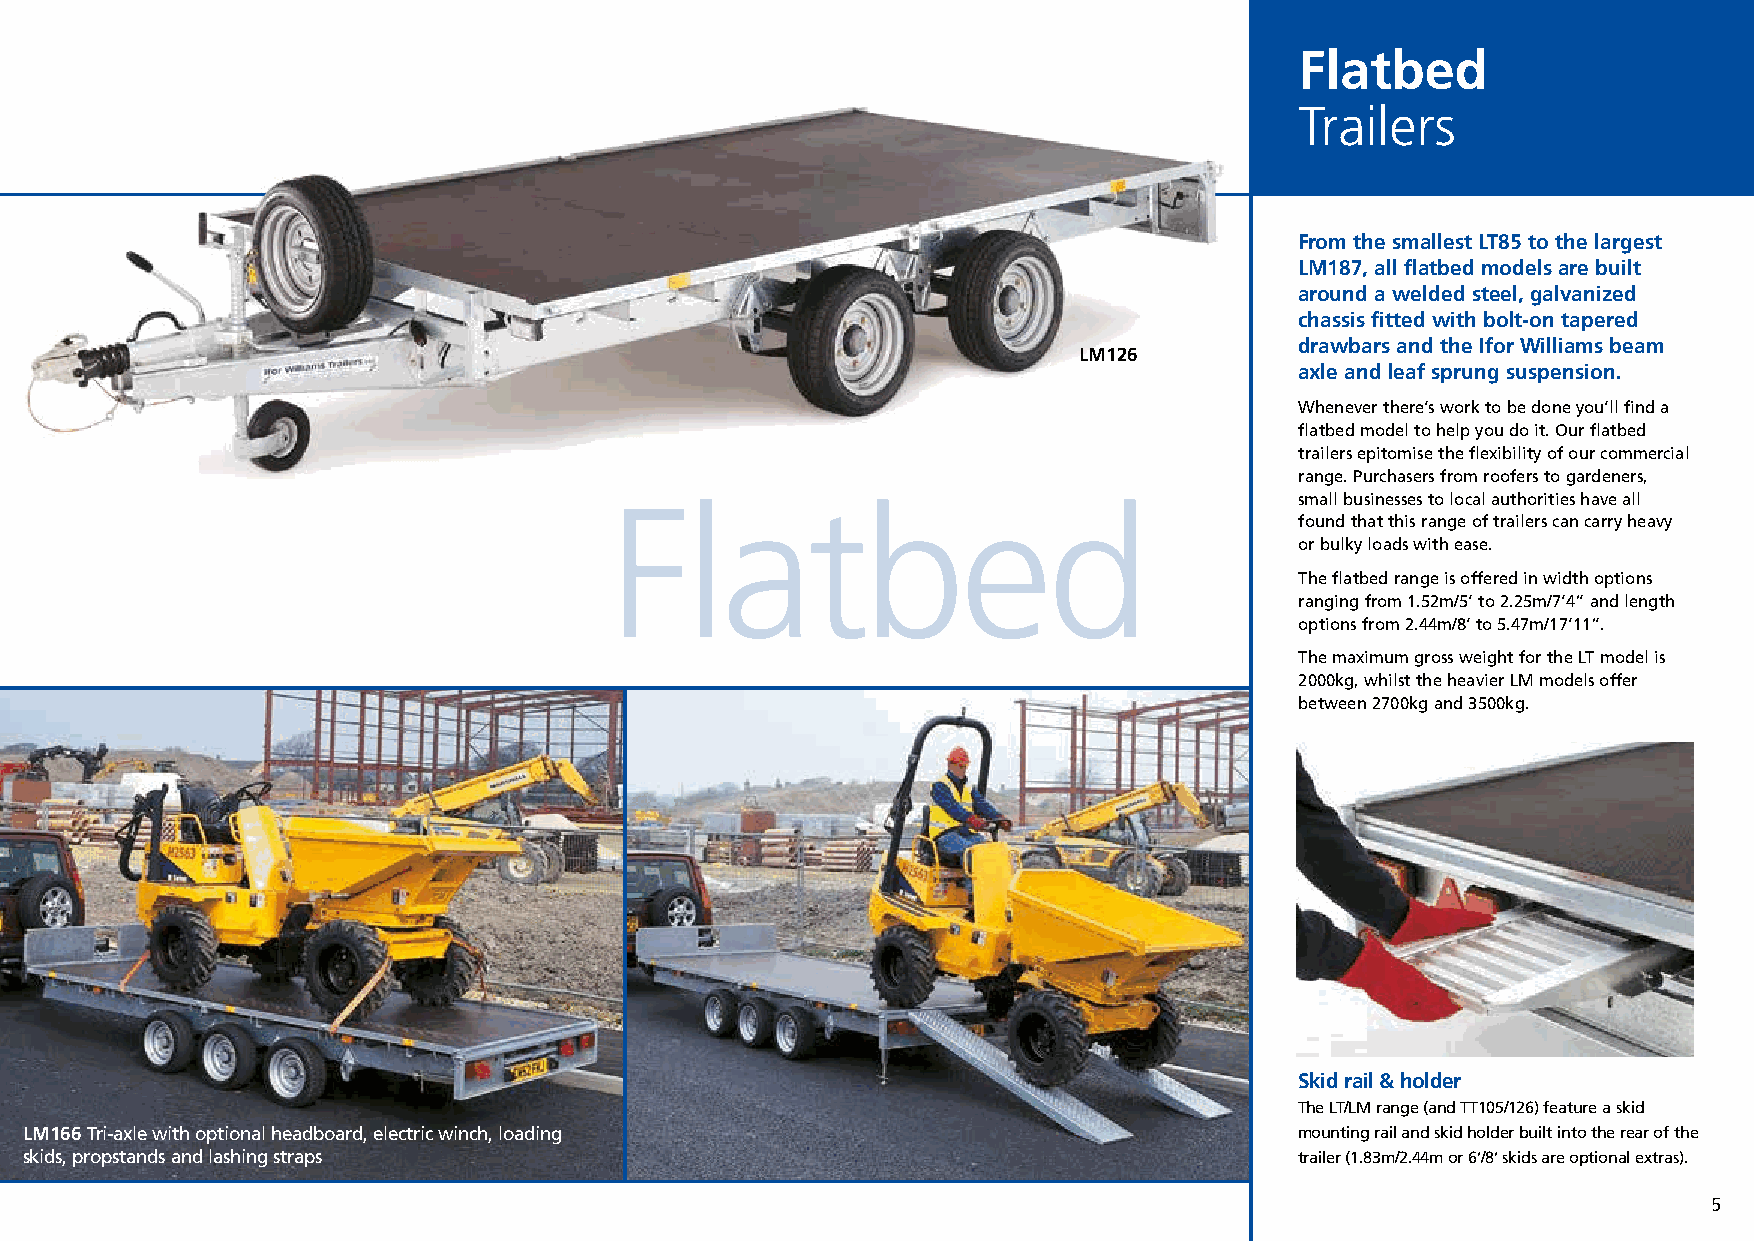
Commercial Brochure 04_12 21/12/15 13:00 Page 5
 Flatbed
 Trailers
 From the smallest LT85 to the largest
 LM187, all flatbed models are built
 around a welded steel, galvanized
 chassis fitted with bolt-on tapered
 drawbars and the Ifor Williams beam
 LM126
 axle and leaf sprung suspension.
 Whenever there’s work to be done you’ll find a
 flatbed model to help you do it. Our flatbed
 trailers epitomise the flexibility of our commercial
 range. Purchasers from roofers to gardeners,
 Flatbed                                       small businesses to local authorities have all
 found that this range of trailers can carry heavy
 or bulky loads with ease.
 The flatbed range is offered in width options
 ranging from 1.52m/5’ to 2.25m/7’4” and length
 options from 2.44m/8’ to 5.47m/17’11”.
 The maximum gross weight for the LT model is
 2000kg, whilst the heavier LM models offer
 between 2700kg and 3500kg.
 Skid rail & holder
 The LT/LM range (and TT105/126) feature a skid
 LM166 Tri-axle with optional headboard, electric winch, loading                     mounting rail and skid holder built into the rear of the
 skids, propstands and lashing straps                                                trailer (1.83m/2.44m or 6’/8’ skids are optional extras).
 5